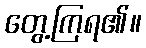
တွေ့ကြရ၏။